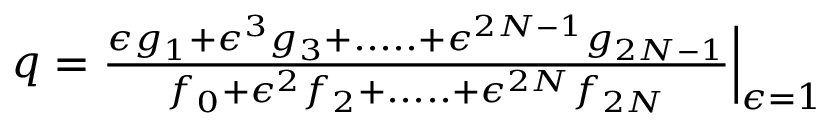
\begin{array} { r } { q = \frac { \epsilon g _ { 1 } + \epsilon ^ { 3 } g _ { 3 } + . . . . . + \epsilon ^ { 2 N - 1 } g _ { 2 N - 1 } } { f _ { 0 } + \epsilon ^ { 2 } f _ { 2 } + . . . . . + \epsilon ^ { 2 N } f _ { 2 N } } \Big | _ { \epsilon = 1 } } \end{array}